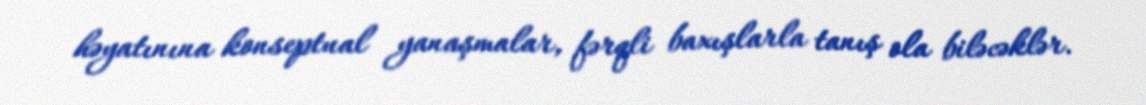
həyatınına konseptual yanaşmalar, fərqli baxışlarla tanış ola biləcəklər.